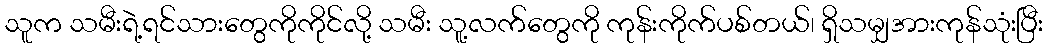
သူက သမီးရဲ့ရင်သားတွေကိုကိုင်လို့ သမီး သူ့လက်တွေကို ကုန်းကိုက်ပစ်တယ်၊ ရှိသမျှအားကုန်သုံးပြီး